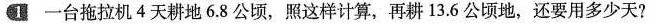
1 一台拖拉机4天耕地6.8公顷，照这样计算，再耕13.6公顷地，还要用多少天?